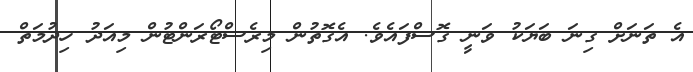
އެ ތަނަށް ގިނަ ބަޔަކު ވަނީ ގޮސްފައެވެ. އެގޮތުން މިރެސްޓޯރަންޓުން މިއަދު ހިދުމަތް